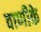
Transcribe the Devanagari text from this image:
वाणीके